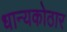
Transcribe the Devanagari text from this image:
धान्यकोठार